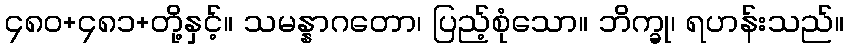
၄၈၀+၄၈၁+တို့နှင့်။ သမန္နာဂတော၊ ပြည့်စုံသော။ ဘိက္ခု၊ ရဟန်းသည်။